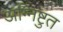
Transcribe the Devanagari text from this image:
अग्निष्टुत